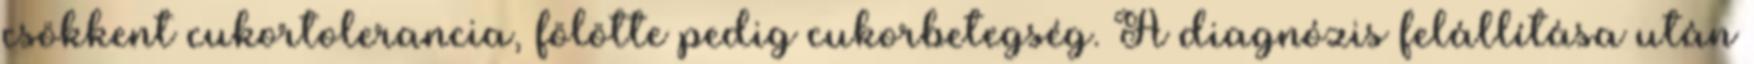
csökkent cukortolerancia, fölötte pedig cukorbetegség. A diagnózis felállítása után